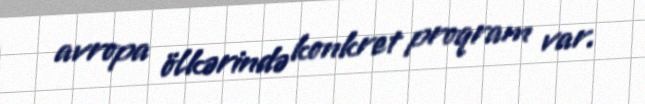
avropa ölkərində konkret proqram var.